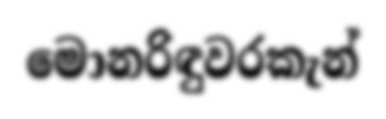
මොනරිඳුවරකැන්